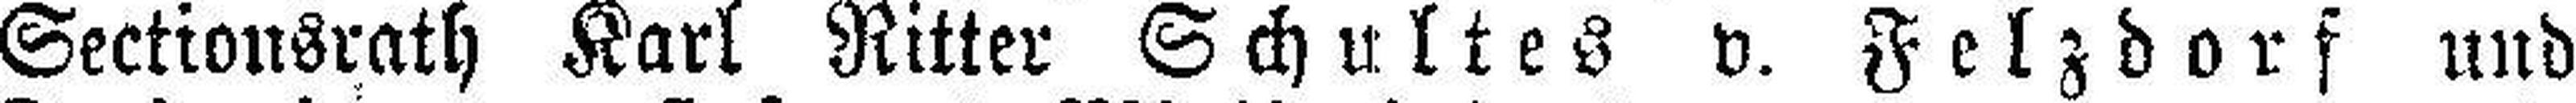
Sectionsrath Karl Ritter Schultes v. Felzdorf und